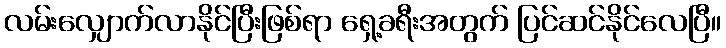
လမ်းလျှောက်လာနိုင်ပြီးဖြစ်ရာ ရှေ့ခရီးအတွက် ပြင်ဆင်နိုင်လေပြီ။